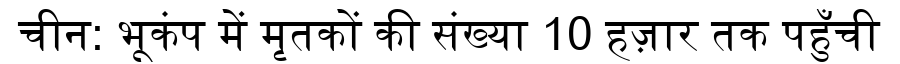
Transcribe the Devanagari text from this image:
चीन: भूकंप में मृतकों की संख्या 10 हज़ार तक पहुँची